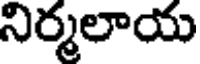
నిర్మలాయ